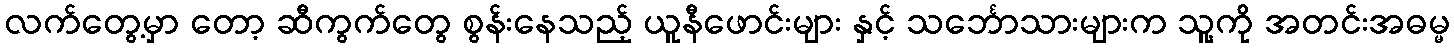
လက်တွေ့မှာ တော့ ဆီကွက်တွေ စွန်းနေသည့် ယူနီဖောင်းများ နှင့် သင်္ဘောသားများက သူ့ကို အတင်းအဓမ္မ